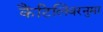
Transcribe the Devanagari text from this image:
कैंटिलिवरनुमा